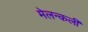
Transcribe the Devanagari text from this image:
मेलन्कली